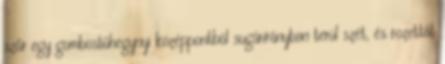
szőr egy gombostűhegynyi középpontból sugárirányban terül szét, és rozettát